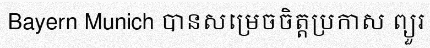
Bayern Munich បានសម្រេចចិត្តប្រកាស ព្យួរ